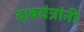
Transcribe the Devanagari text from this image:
दाबयंत्रांनी